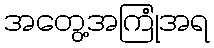
အတွေ့အကြုံအရ